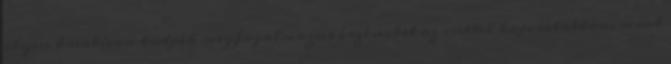
ilyen kreatívan tudják megfogalmazni érzéseiket az esettel kapcsolatban, mint